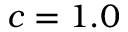
c = 1 . 0